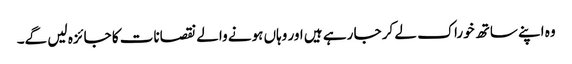
وہ اپنے ساتھ خوراک لے کر جا رہے ہیں اور وہاں ہونے والے نقصانات کا جائزہ لیں گے۔